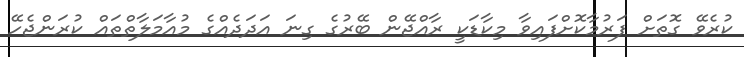
ކުރެވޭ ގޮތަށް ފަރުމާކޮށްފައިވާ މިކާޑަކީ ރާއްޖޭން ބޭރުގެ ގިނަ އަދަދެއްގެ މުއާމަލާތްތައް ކުރަންޖެހޭ